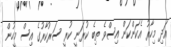
އަދި މިހާރު އެކަންކަން އިސްވެ ތިބެ ކުރަނީ ކުރީ ސަރުކާރުގެ އިސް މީހުން